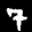
Label: 7